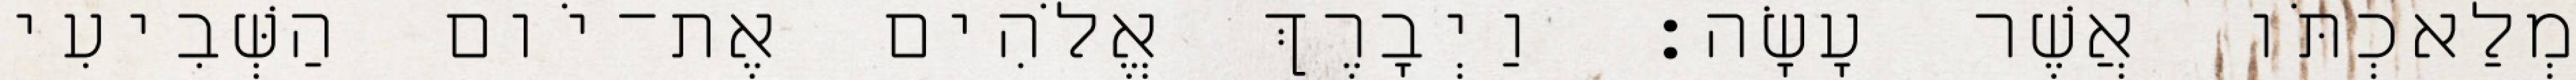
מְלַאכְתֹּו אֲשֶׁר עָשָׂה׃ וַיְבָרֶךְ אֱלֹהִים אֶת־יֹום הַשְּׁבִיעִי